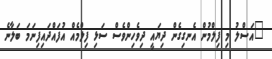
"އަސްލު މި ފިލްމުން އެނގިގެން ދިޔައީ ދިވެހިންވެސް ސަޅި ފިލްމެއް އުފައްދައިފިނަމަ ބަލާނެ